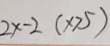
2 x - 2 ( x > 5 )